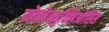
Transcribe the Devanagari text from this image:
मोनोन्युक्लिओसिस